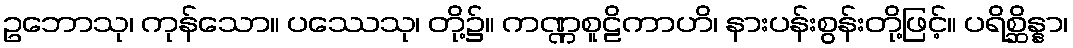
ဥဘောသု၊ ကုန်သော။ ပဿေသု၊ တို့၌။ ကဏ္ဏစူဠိကာဟိ၊ နားပန်းစွန်းတို့ဖြင့်။ ပရိစ္ဆိန္နာ၊